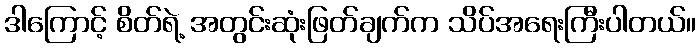
ဒါကြောင့် စိတ်ရဲ့ အတွင်းဆုံးဖြတ်ချက်က သိပ်အရေးကြီးပါတယ်။